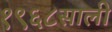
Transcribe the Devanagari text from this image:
१९६८साली